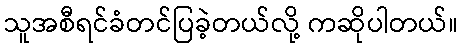
သူအစီရင်ခံတင်ပြခဲ့တယ်လို့ ကဆိုပါတယ်။